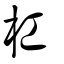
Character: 杠